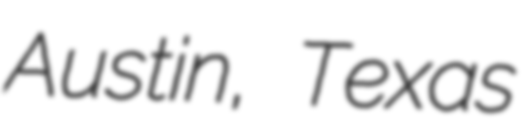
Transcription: Austin, Texas